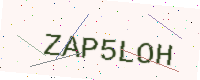
Text: ZAP5LOH